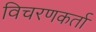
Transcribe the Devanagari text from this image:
विचरणकर्ता